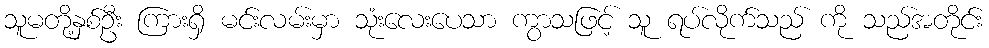
သူမတို့နှစ်ဦး ကြားရှိ မင်းလမ်းမှာ သုံးလေးပေသာ ကွာသဖြင့် သူ ရပ်လိုက်သည် ကို သည်အတိုင်း